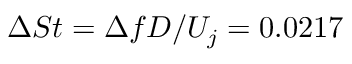
\Delta S t = \Delta f D / U _ { j } = 0 . 0 2 1 7